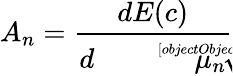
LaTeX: A_{n}={\frac{dE(c)}{d{\sqrt[[objectObject]]{\mu_{n}}}}}